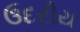
ઉદરીય